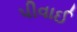
પીવાઈ